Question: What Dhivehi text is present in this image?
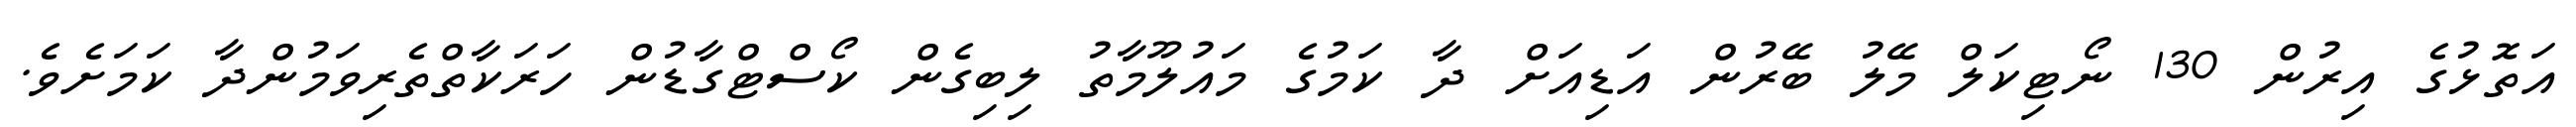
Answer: އަތޮޅުގެ އިރުން 130 ނޯޓިކަލް މޭލު ބޭރުން އަޑިއަށް ދާ ކަމުގެ މައުލޫމާތު ލިބިގެން ކޯސްޓްގާޑުން ހަރަކާތްތެރިވަމުންދާ ކަމަށެވެ.